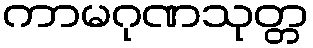
ကာမဂုဏသုတ္တ